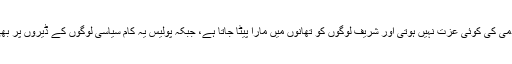
تھانوں میں شریف آدمی کی کوئی عزت نہیں ہوتی اور شریف لوگوں کو تھانوں میں مارا پیٹا جاتا ہے، جبکہ پولیس یہ کام سیاسی لوگوں کے ڈیروں پر بھی سرانجام دیتی ہے۔